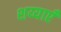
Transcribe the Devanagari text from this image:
शय्याएँ